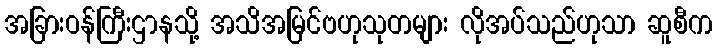
အခြားဝန်ကြီးဌာနသို့ အသိအမြင်ဗဟုသုတများ လိုအပ်သည်ဟုသာ ဆူစီက